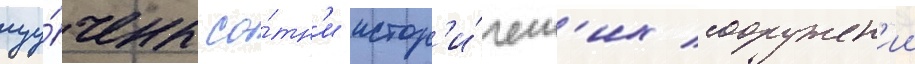
изу́чены со́тн'и истор'и́ческ'их сооружен'ии